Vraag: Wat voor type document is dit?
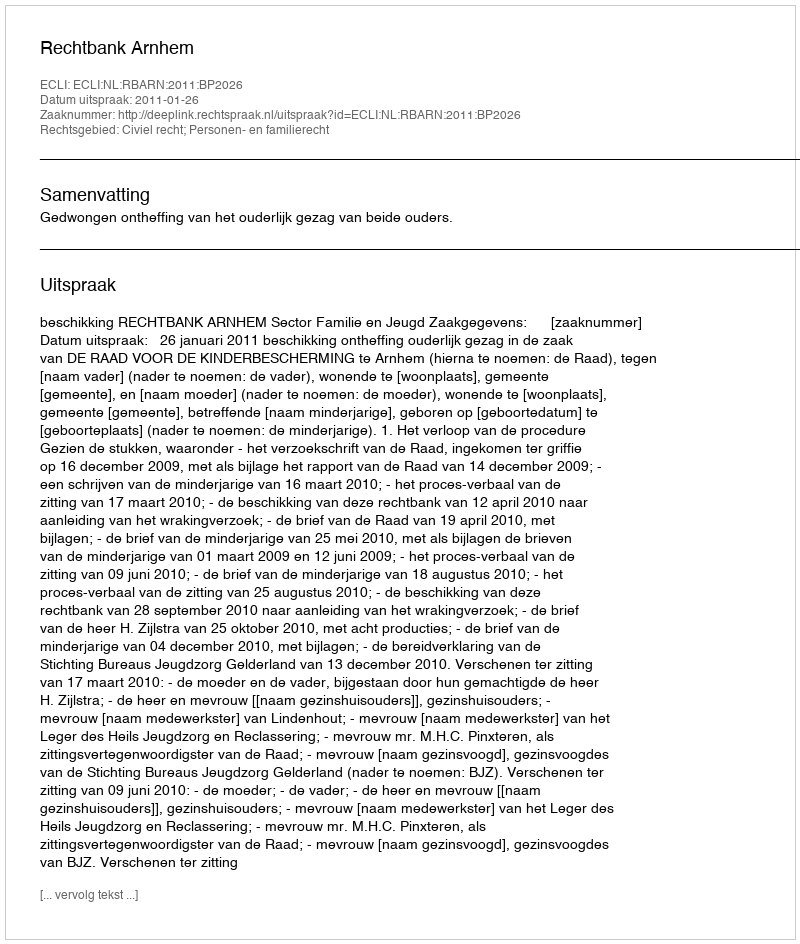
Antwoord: Uitspraak